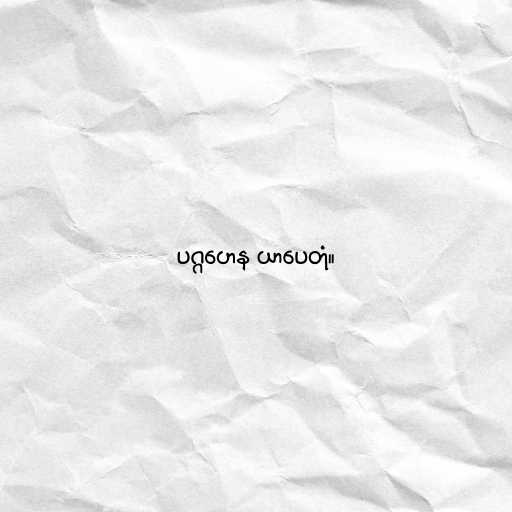
ပဂ္ဂဟေန ယာပေတုံ။